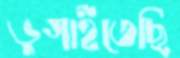
ভুগাইতেছি